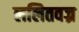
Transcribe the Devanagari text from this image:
ललितवज्र